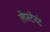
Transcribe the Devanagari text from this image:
लेफ्टेनंट